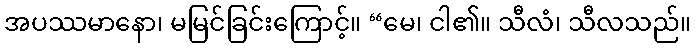
အပဿမာနော၊ မမြင်ခြင်းကြောင့်။ “မေ၊ ငါ၏။ သီလံ၊ သီလသည်။